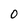
Character: 0